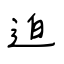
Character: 迫